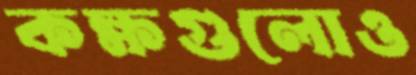
কক্ষগুলোও